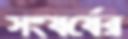
সংষর্ষের